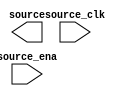

module issp_dat_abs (
	source_clk,
	source,
	source_ena);	

	input		source_clk;
	output	[15:0]	source;
	input		source_ena;
endmodule